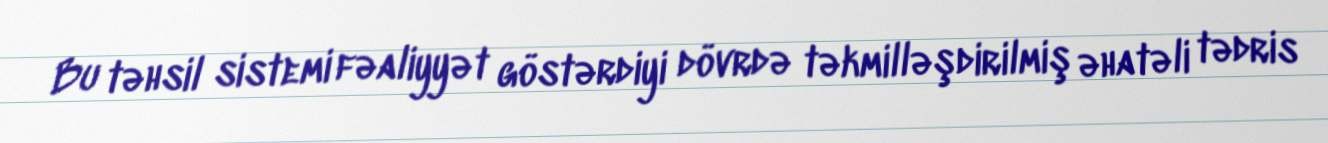
Bu təhsil sistemi fəaliyyət göstərdiyi dövrdə təkmilləşdirilmiş əhatəli tədris